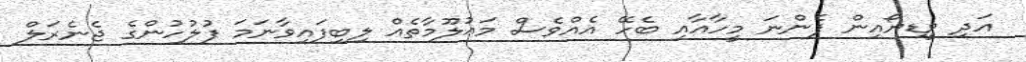
އަދި ވީޑިޔޯއިން ފެންނަ މީހާއާއި ބެހޭ އެއްވެސް މަޢުލޫމާތެއް ލިބިފައިވާނަމަ ފުލުހުންގެ ޖެނެރަލް